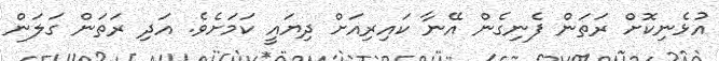
އުޅެނިކޮށް ރަތަން ފެނިގެން އޭނާ ކައިރިއަށް ދިޔައީ ކަމަށެވެ. އަދި ރަތަން ގަލަން